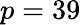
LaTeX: p=39